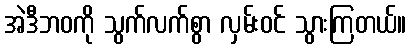
အဲဒီဘဝကို သွက်လက်စွာ လှမ်းဝင် သွားကြတယ်။